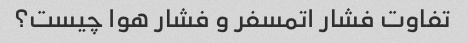
تفاوت فشار اتمسفر و فشار هوا چیست؟